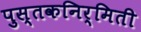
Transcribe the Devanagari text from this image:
पुस्तकनिर्मिती